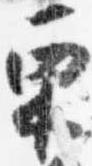
栗